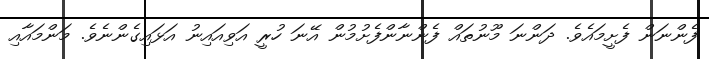
ފެންނަން ފެށީމައެވެ. ދަންނަ މޫނުތައް ފެންނާންފެށުމުން އޭނަ ހުރީ އަވިއައިނު އަޅައިގެންނެވެ. މަންމައާއި